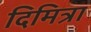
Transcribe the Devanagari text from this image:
दिमित्रा